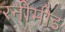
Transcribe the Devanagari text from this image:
रनीमीड